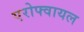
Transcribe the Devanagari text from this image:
एरोफ्वायल